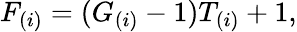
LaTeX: F_{(i)}=(G_{(i)}-1)T_{(i)}+1,